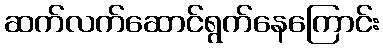
ဆက်လက်ဆောင်ရွက်နေကြောင်း